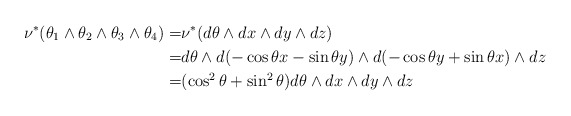
\begin{align*}\nu^\ast(\theta_1 \wedge \theta_2\wedge \theta_3\wedge \theta_4)=&\nu^\ast(d\theta \wedge dx\wedge dy \wedge dz) \\=&d\theta \wedge d (-\cos\theta x - \sin \theta y) \wedge d (- \cos \theta y + \sin \theta x) \wedge dz\\=&(\cos^2\theta+\sin^2\theta)d\theta \wedge dx \wedge dy \wedge dz \end{align*}